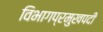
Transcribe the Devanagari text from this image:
विभागप्रमुखपदी